Lunatic asylums Central Provinces reports 1895-1909 - 1895-1909
Year: 1895
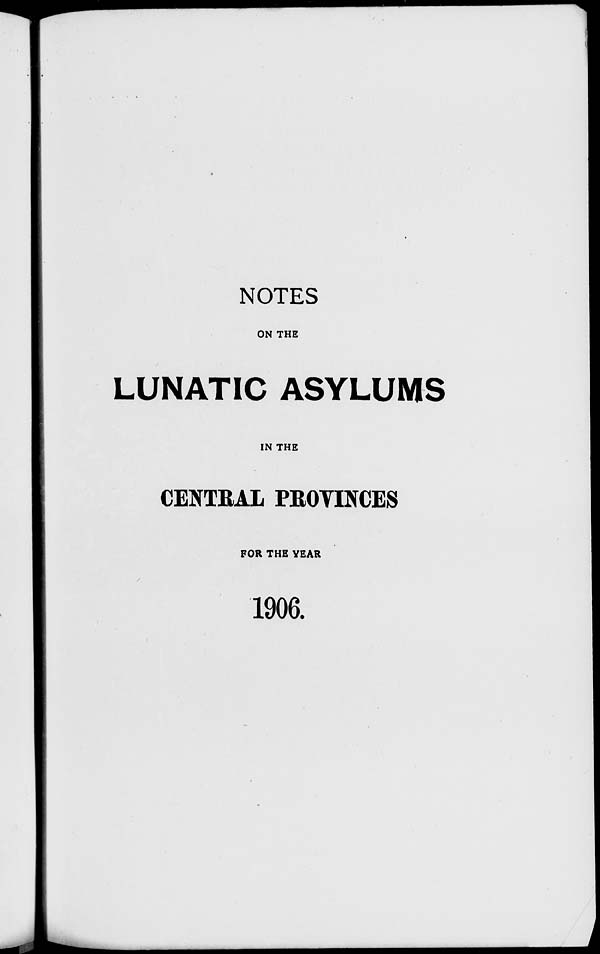
NOTES
ON THE
LUNATIC ASYLUMS
IN THE
CENTRAL PROVINCES
FOR THE YEAR
1906.